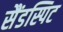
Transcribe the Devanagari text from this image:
सैंडस्पिट